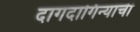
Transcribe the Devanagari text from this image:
दागदागिन्याची